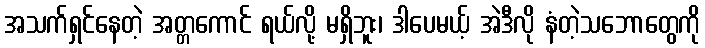
အသက်ရှင်နေတဲ့ အတ္တကောင် ရယ်လို့ မရှိဘူး၊ ဒါပေမယ့် အဲဒီလို နံတဲ့သဘောတွေကို